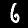
Digit: 6